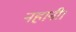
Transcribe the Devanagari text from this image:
नहानी।